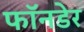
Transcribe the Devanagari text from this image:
फॉनडेर